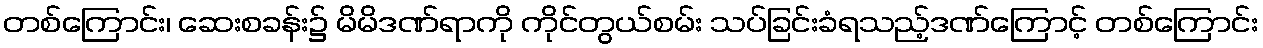
တစ်ကြောင်း၊ ဆေးစခန်း၌ မိမိဒဏ်ရာကို ကိုင်တွယ်စမ်း သပ်ခြင်းခံရသည့်ဒဏ်ကြောင့် တစ်ကြောင်း